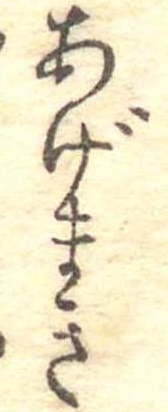
あげまき